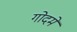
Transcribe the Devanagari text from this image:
गोदमें